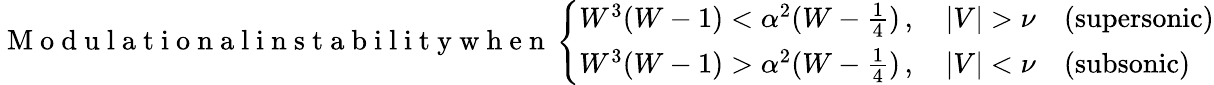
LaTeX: \mathrm{~M~o~d~u~l~a~t~i~o~n~a~l~i~n~s~t~a~b~i~l~i~t~y~w~h~e~n~}\left\{ \begin{array}{ll}{W^{3}(W-1)<\alpha^{2}(W-\frac{1}{4})\, ,\quad|V|>\nu\quad(\mathrm{supersonic})}\\ {W^{3}(W-1)>\alpha^{2}(W-\frac{1}{4})\, ,\quad|V|<\nu\quad(\mathrm{subsonic})}\end{array}\right.